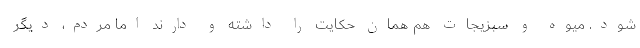
شود. میوه و سبزیجات هم همان حکایت را داشته و دارند اما مردم، دیگر